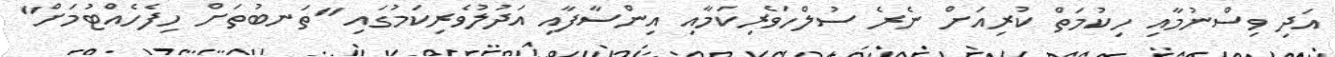
އަދި ވިސްނުމާއި ހިކުމަތް ކުރިއަށް ނެރެ ސުލްހަވެރިކަމާއި އިންސާފާއި އަދުލުވެރިކަމުގައި "ތަނބުތަށް ހިފެހެއްޓުމަށް"